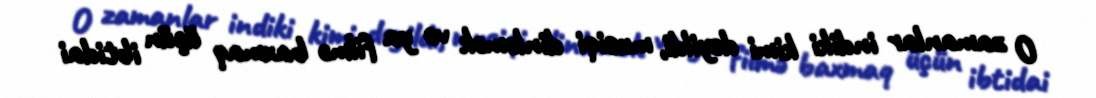
O zamanlar indiki kimi deyildi, musiqi dinləmək və ya filmə baxmaq üçün ibtidai